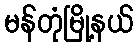
မန်တုံမြို့နယ်